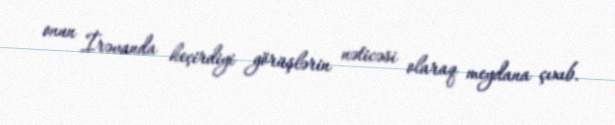
onun İrəvanda keçirdiyi görüşlərin nəticəsi olaraq meydana çıxıb.